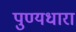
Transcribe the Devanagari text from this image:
पुण्यधारा